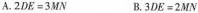
A. $$2 D E = 3 M N $$ B. $$3 D E = 2 M N$$